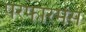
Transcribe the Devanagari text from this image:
परफारमेंस